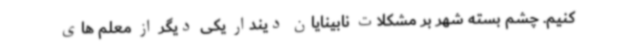
کنیم. چشم بسته شهر بر مشکلات نابینایان دیندار یکی دیگر از معلم های